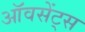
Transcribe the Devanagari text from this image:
ऑवसेंट्स